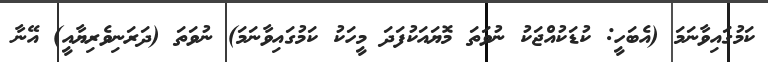
ކަމުގައިވާނަމަ (އެބަހީ: ކުޑަކުއްޖަކު ނުވަތަ މޮޔައަކުފަދަ މީހަކު ކަމުގައިވާނަމަ) ނުވަތަ (ދަރަނިވެރިޔާއީ) އޭނާ